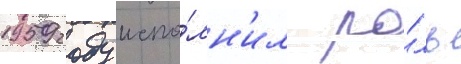
1959 году испо́лн'ил ро́ль